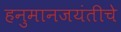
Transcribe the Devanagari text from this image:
हनुमानजयंतीचे